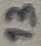
Text: 13